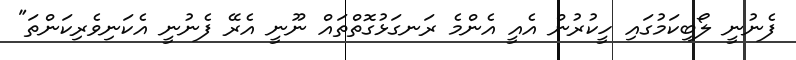
ފެނުނީ ލޯބިކަމުގައި ހީކުރުން އެއީ އެންމެ ރަނގަޅުގޮތްތައް ނޫނީ އެރޭ ފެނުނީ އެކަނިވެރިކަންތަ"